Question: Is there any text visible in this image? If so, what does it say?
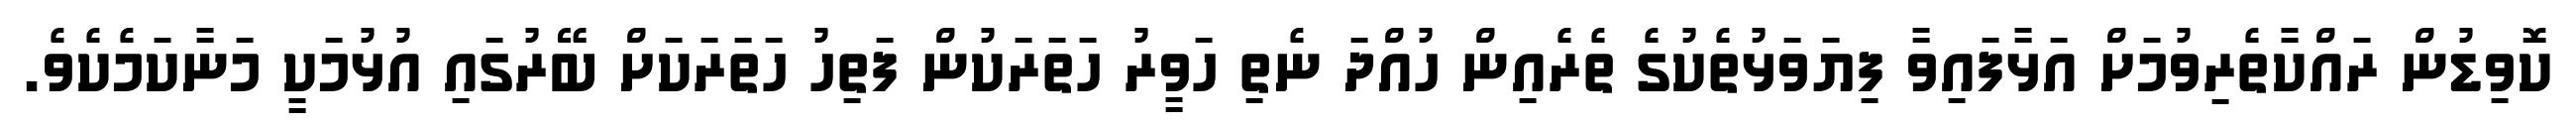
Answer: ކޮވިޑުން ރައްކާތެރިވުމަށް އަޅާފައިވާ ފިޔަވަޅުތެކުގެ ތެރެއިން ހުއްދަ ނެތި ހަވީރު ހަތަރަކުން ފަތިހު ހަތަރަކަށް ބޭރުގައި އުޅުމަކީ މަނާކަމެކެވެ.